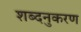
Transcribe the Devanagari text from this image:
शब्दनुकरण